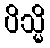
ပိသ္မိ